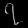
Digit: ၇